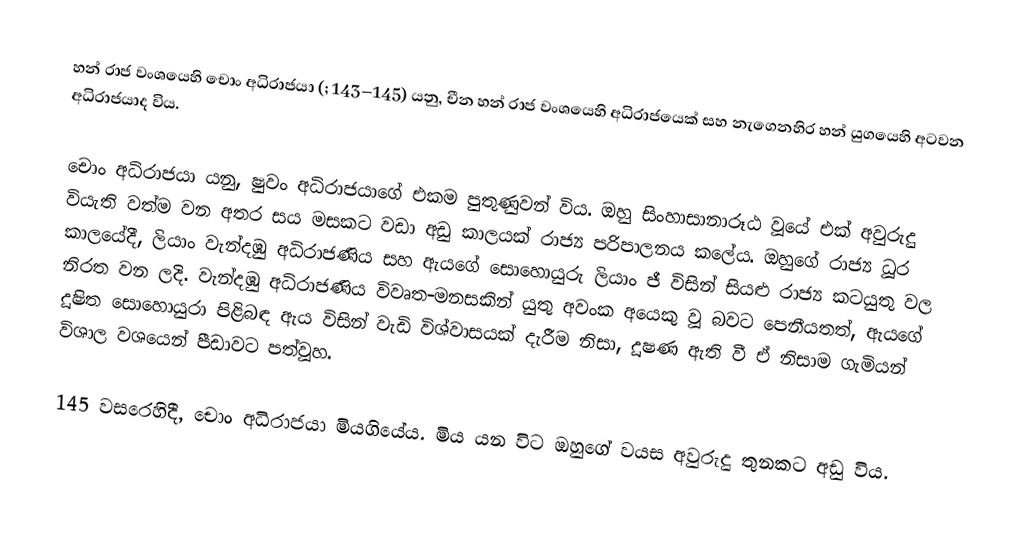
හන් රාජ වංශයෙහි චොං අධිරාජයා (; 143–145) යනු,  චීන හන් රාජ වංශයෙහි අධිරාජයෙක් සහ  නැගෙනහිර හන් යුගයෙහි අටවන අධිරාජයාද විය.

චොං අධිරාජයා යනු,  ෂුවං අධිරාජයාගේ එකම පුතුණුවන් විය.  ඔහු සිංහාසානාරූඨ වූයේ එක් අවුරුදු වියැති වත්ම වන අතර සය මසකට වඩා අඩු කාලයක් රාජ්‍ය පරිපාලනය කලේය. ඔහුගේ රාජ්‍ය ධූර කාලයේදී,  ලියාං වැන්දඹු අධිරාජණිය සහ ඇයගේ සොහොයුරු ලියාං ජී විසින් සියළු රාජ්‍ය කටයුතු වල නිරත වන ලදි. වැන්දඹු අධිරාජණිය විවෘත-මනසකින් යුතු අවංක අයෙකු වූ බවට ‍පෙනීයතත්, ඇයගේ දූෂිත සොහොයුරා පිළිබඳ ඇය විසින් වැඩි විශ්වාසයක් දැරීම නිසා, දූෂණ ඇති වී ඒ නිසාම ගැමියන් විශාල වශයෙන් පීඩාවට පත්වූහ.

145 වසරෙහිදී, චොං අධිරාජයා මියගියේය.  මිය යන විට ඔහුගේ වයස අවුරුදු තුනකට අඩු විය.